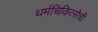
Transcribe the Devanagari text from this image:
धर्मचिकित्सेची